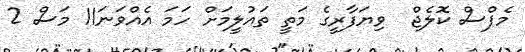
މެޕްސް ކޮލެޖް  ވިޔަފާރީގެ މަތީ ތައުލީމަށް ހަމަ އެއްވަނަ11 މަސް 2